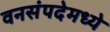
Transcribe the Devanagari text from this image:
वनसंपदेमध्ये